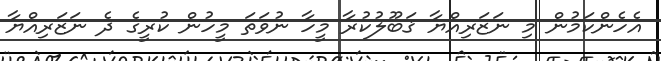
އެހެންކަމުން މި ނަޒަރިއްޔާ ޤަބޫލުކުރާ މީހާ ނުވަތަ މީހުން ކުރީގެ ދެ ނަޒަރިއްޔާ